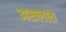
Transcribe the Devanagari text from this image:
अख्लात